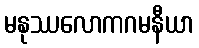
မနုဿလောကဂမနီယာ